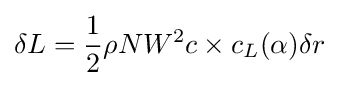
\delta L={\frac {1}{2}}\rho NW^{2}c\times c_{L}(\alpha )\delta r